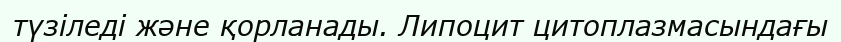
түзіледі және қорланады. Липоцит цитоплазмасындағы